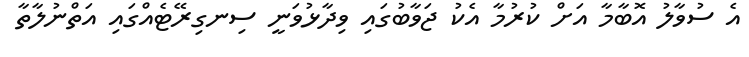
އެ ސުވާލު އޮބާމާ އަށް ކުރުމާ އެކު ޖަވާބުގައި ވިދާޅުވަނީ ސިނގިރޭޓެއްގައި އަތްނުލާތާ